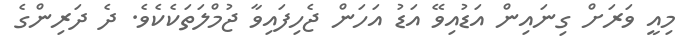
މިއީ ވަރަށް ގިނައިން އަޑުއިވޭ އަޑު އަހަން ޖެހިފައިވާ ޖުމްލަތަކެކެވެ. ދެ ދަރިންގެ